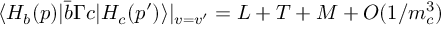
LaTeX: \langle H _ { b } ( p ) | \bar { b } \Gamma c | H _ { c } ( p ^ { \prime } ) \rangle | _ { v = v ^ { \prime } } = L + T + M + { \cal O } ( 1 / m _ { c } ^ { 3 } )